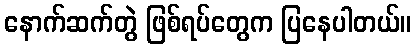
နောက်ဆက်တွဲ ဖြစ်ရပ်တွေက ပြနေပါတယ်။